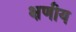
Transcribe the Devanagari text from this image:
क्षणीय